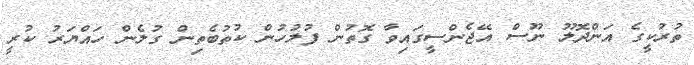
ތުރުކީގެ އަންދޮލޫ ނޫސް އޭޖެންސީގައިވާ ގޮތުން ފުލުހުން ކުތުބެތިން ގުލެން ހައްޔަރު ކުރީ